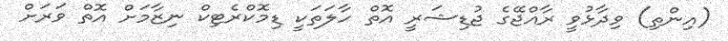
(އިންތި) ވިދާޅުވީ ރާއްޖޭގެ ޖުޑިޝަރީ އޮތް ހާލަތަކީ ޑިމޮކްރެޓިކް ނިޒާމަށް އޮތް ވަރަށް